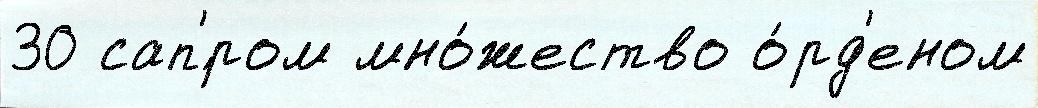
30 сап'́ром мно́жество о́рд'еном